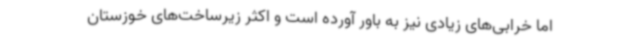
اما خرابی‌های زیادی نیز به باور آورده است و اکثر زیرساخت‌های خوزستان